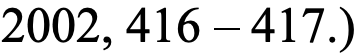
2002, 416 – 417.)